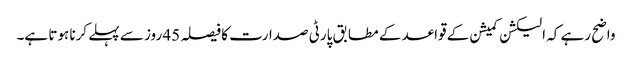
واضح رہے کہ الیکشن کمیشن کے قواعد کے مطابق پارٹی صدارت کا فیصلہ 45 روز سے پہلے کرنا ہوتا ہے۔